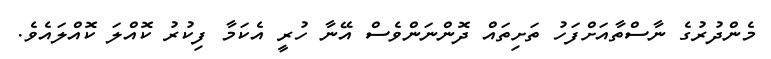
މެންދުރުގެ ނާސްތާއަށްފަހު ތަށިތައް ދޮންނަންވެސް އޭނާ ހުރީ އެކަމާ ފިކުރު ކޮއްލަ ކޮއްލައެވެ.